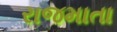
રાજમાતા